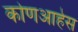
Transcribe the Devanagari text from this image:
कोणआहेस